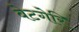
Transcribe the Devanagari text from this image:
बेटगेरि